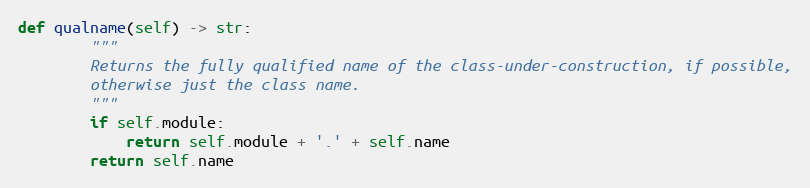
Language: Python
def qualname(self) -> str:
        """
        Returns the fully qualified name of the class-under-construction, if possible,
        otherwise just the class name.
        """
        if self.module:
            return self.module + '.' + self.name
        return self.name